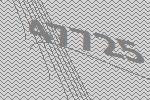
47725